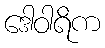
ဒေါဝါရိက